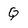
Character: Q